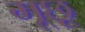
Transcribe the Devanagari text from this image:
मूछू